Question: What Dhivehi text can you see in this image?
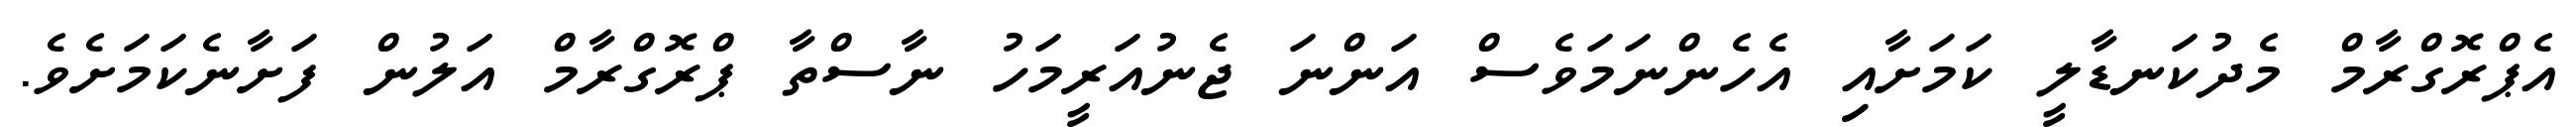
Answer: އެޕްރޮގްރާމް މެދުކަނޑާލީ ކަމަށާއި އެހެންނަމަވެސް އަންނަ ޖެނުއަރީމަހު ނާސްތާ ޕްރޮގްރާމް އަލުން ފަށާނެކަމަށެވެ.